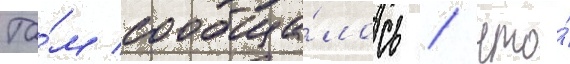
Та́м сообща́лось / что́